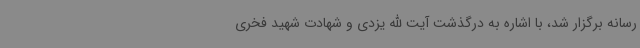
رسانه برگزار شد، با اشاره به درگذشت آیت الله یزدی و شهادت شهید فخری